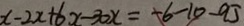
x - 2 x + 6 x - 3 0 x = - 6 - 1 0 - 9 5